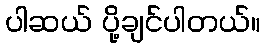
ပါဆယ် ပို့ချင်ပါတယ်။